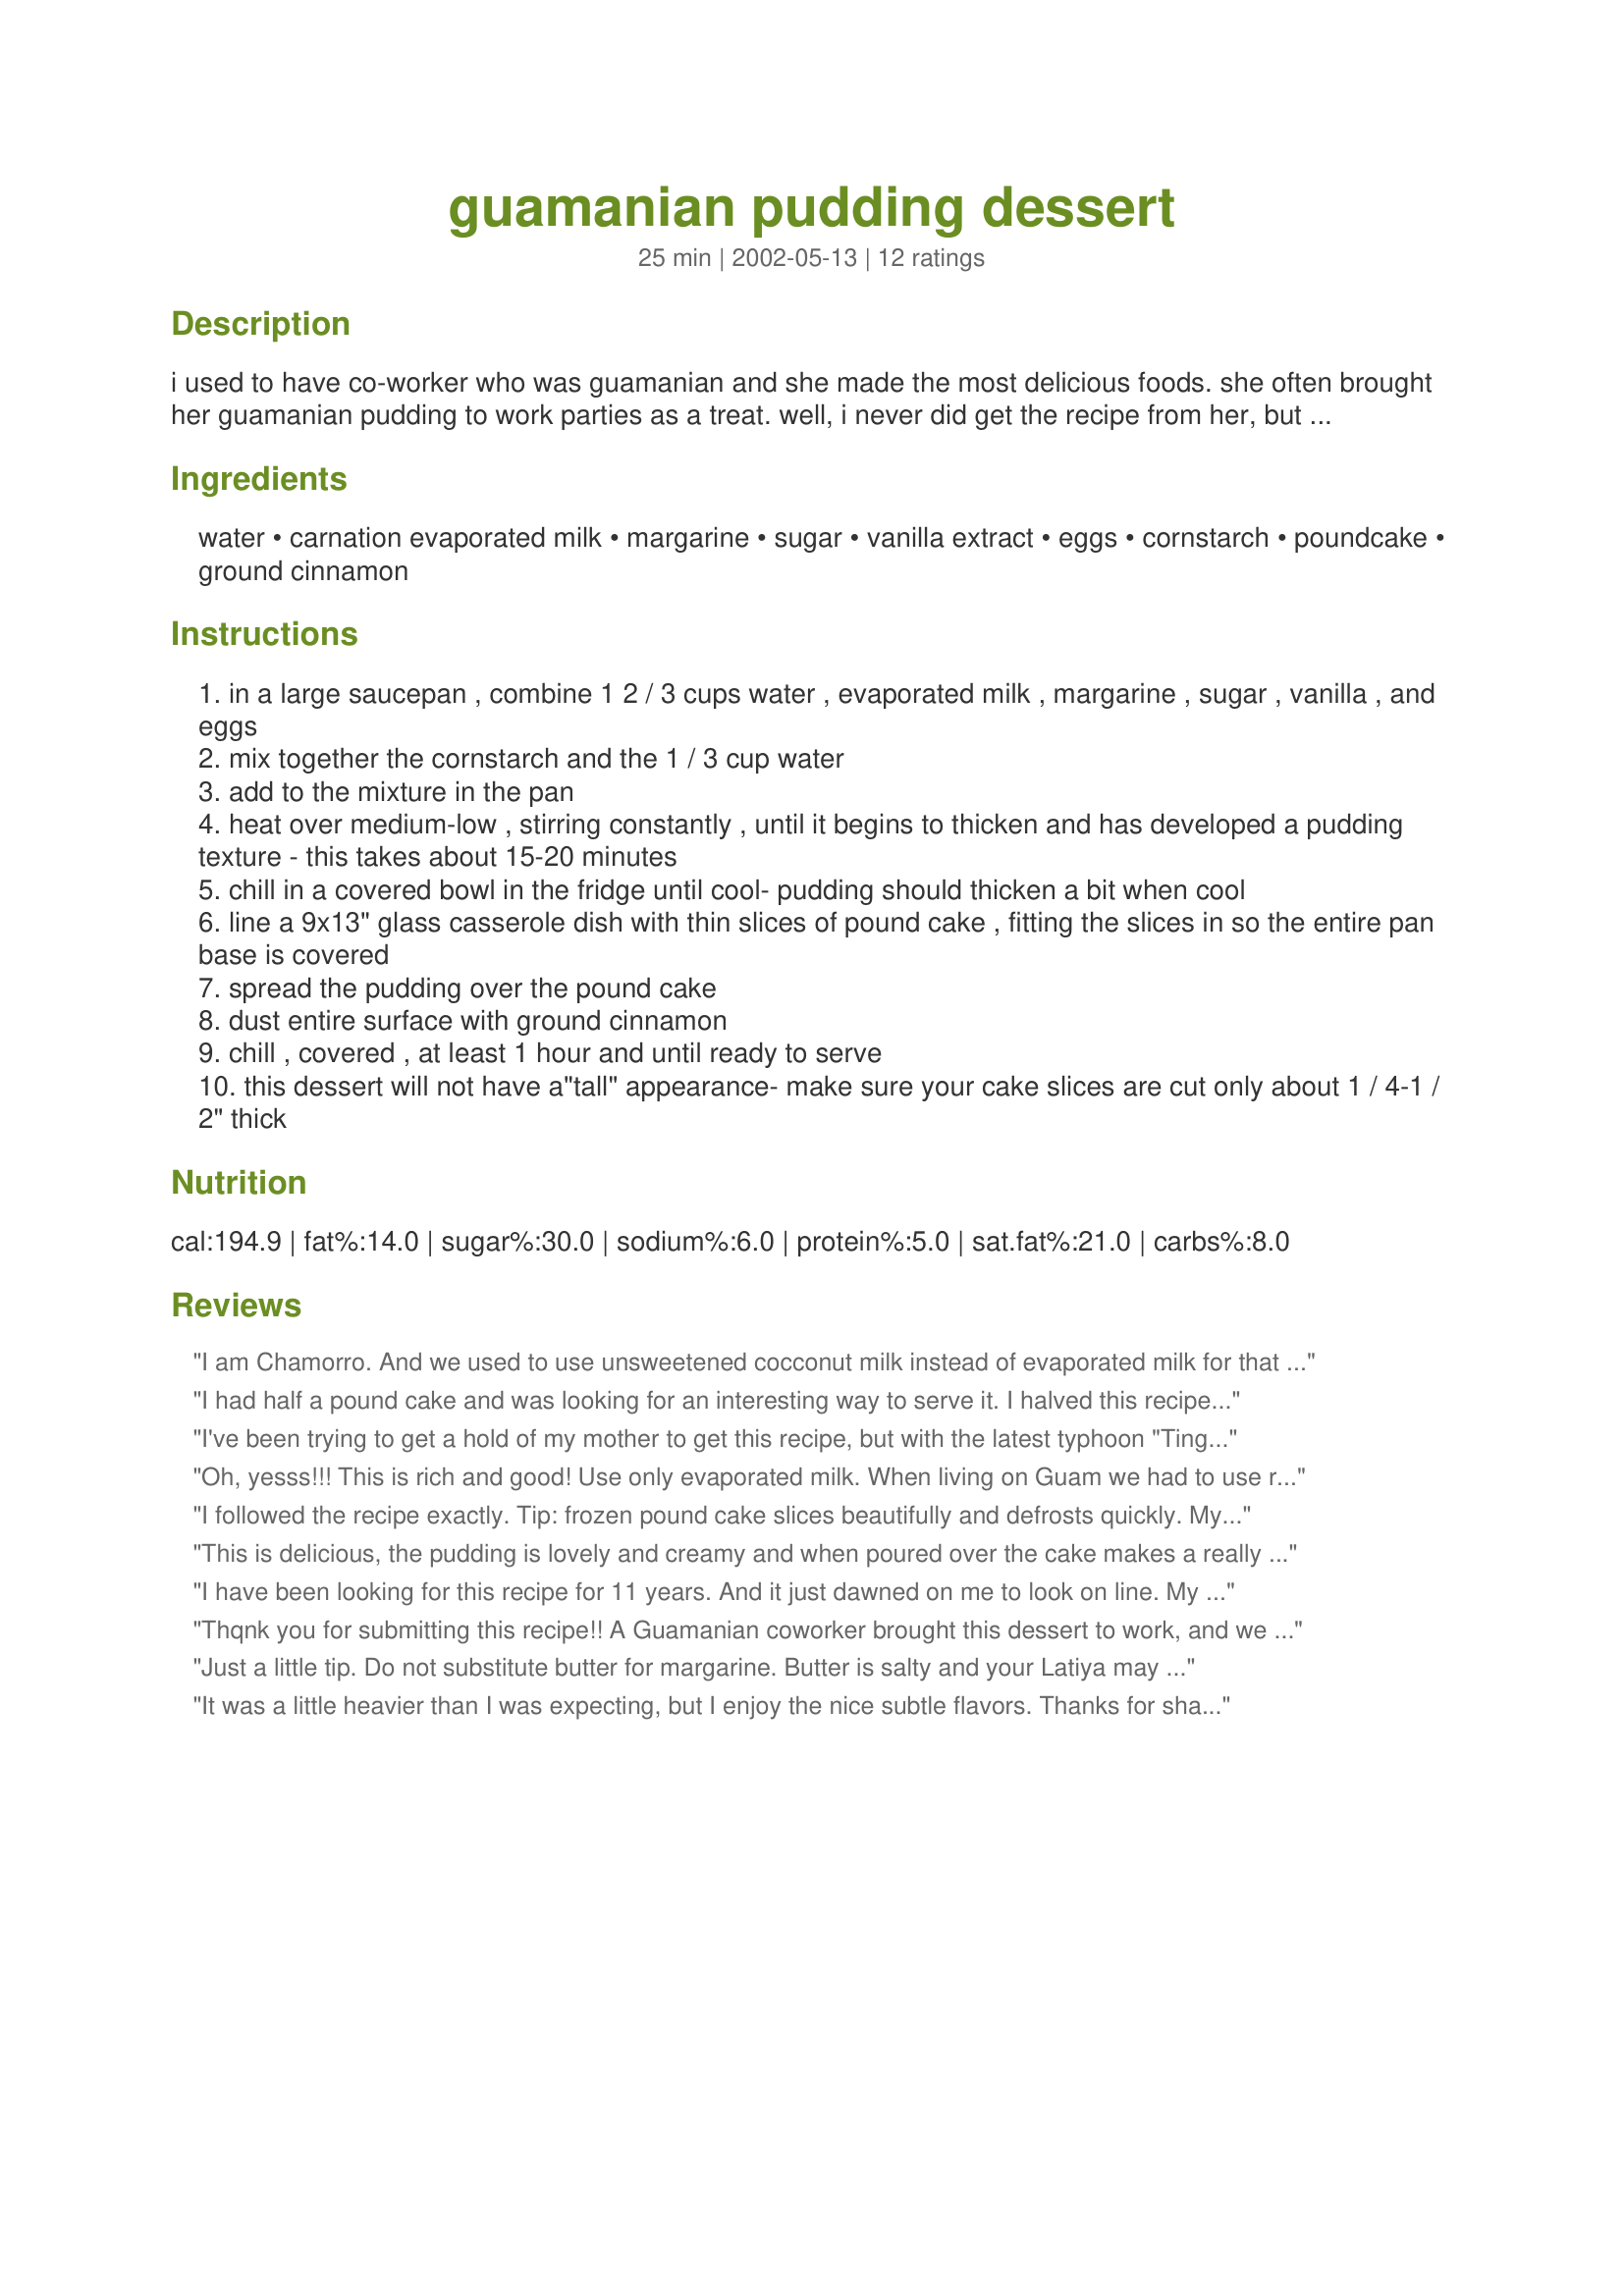
guamanian pudding dessert
Preparation time: 25 minutes

i used to have co-worker who was guamanian and she made the most delicious foods. she often brought her guamanian pudding to work parties as a treat. well, i never did get the recipe from her, but i was delighted to find this version in a community cookbook. once i tried it, i knew i had found the right recipe. you may use homemade or storebought slices of pound cake for the base of this dessert, whichever you prefer. note: plan ahead when preparing this, as it requires time to chill the pudding before you can assemble the dessert.

Ingredients:
water, carnation evaporated milk, margarine, sugar, vanilla extract, eggs, cornstarch, poundcake, ground cinnamon

Steps:
in a large saucepan , combine 1 2 / 3 cups water , evaporated milk , margarine , sugar , vanilla , and eggs
mix together the cornstarch and the 1 / 3 cup water
add to the mixture in the pan
heat over medium-low , stirring constantly , until it begins to thicken and has developed a pudding texture - this takes about 15-20 minutes
chill in a covered bowl in the fridge until cool- pudding should thicken a bit when cool
line a 9x13" glass casserole dish with thin slices of pound cake , fitting the slices in so the entire pan base is covered
spread the pudding over the pound cake
dust entire surface with ground cinnamon
chill , covered , at least 1 hour and until ready to serve
this dessert will not have a"tall" appearance- make sure your cake slices are cut only about 1 / 4-1 / 2" thick

Reviews:
I am Chamorro. And we used to use unsweetened cocconut milk instead of evaporated milk for that island taste. Also, try it with yellow cake rather than pound cake...you wont be dissapointed!
I had half a pound cake and was looking for an interesting way to serve it. I halved this recipe with great results, but the pudding was so tasty I wished I'd made the full recipe. It has a wonderful mild, light flavor.
I've been trying to get a hold of my mother to get this recipe, but with the latest typhoon "Ting Ting" knocking out most of the phone lines in the southern area of Guam, I haven't been able to. Thank you for posting this recipe. The chamorro name for this dessert is called "LATIYA"!
Oh, yesss!!! This is rich and good! Use only evaporated milk. When living on Guam we had to use reconstituted milk. And use the cinnamon on top. Beautiful recipe.
I followed the recipe exactly. Tip: frozen pound cake slices beautifully and defrosts quickly. My friend and family thoroughly enjoyed this &quot;delicious&quot; dessert and it was a breeze to make. Thanks very much! By the way, I&#039;ve hated custard since I was a kid, but I liked this, too! I&#039;m kind of amazed actually....
This is delicious, the pudding is lovely and creamy and when poured over the cake makes a really yummy custard type pudding cake.
I used butter in place of margarine, and a store bought Madeira cake.
I'm going to experiment a little for a Christmas type dessert by laying cut strawberries over the cake before I pour the pudding over, sounds like a good idea to me!
Thanks HeatherFeather.
I have been looking for this recipe for 11 years. And it just dawned on me to look on line. My high school boyfriend was Chomorro and his dad used to always make this pudding. I remember it being so good!!! We left each other on bad terms so I never got the recipe. They moved to Guam and by the time I located them his dad had passed away. I did watch him make it a couple of times. And he used to use Angel cake. I have been craving this pudding for so long. I am sure I will enjoy! Thanks again!!!
Thqnk you for submitting this recipe!! A Guamanian coworker brought this dessert to work, and we got assigned to different shifts, so I hoped to come across the recipe online since I could never track her down. I couldn't remember the name, but I already know this is the recipe. Thank you again! This one is very light and delicious.
Just a little tip. Do not substitute butter for margarine. Butter is salty and your Latiya may be salty. I hope this helps.
It was a little heavier than I was expecting, but I enjoy the nice subtle flavors. Thanks for sharing the recipe.
I'm from Guam, & my mom made this all the time. You can actually pour the hot custard over the cake and then chill. If you made the custard right, it will not soak into the cake and get soggy. Then sprinkle cinnamon over the cool custard.
You dont have to just use pound cake. We also use vanilla cookies, lady fingers, or even angel food cake. Try it out and see which ones you like best.
